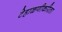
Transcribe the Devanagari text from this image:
टेहाळणीकरिता